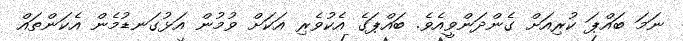
ނަމަ ބައްޕަ ކުރިއަށް ގެންދަންވީއެވެ. ބައްޕަގެ އެކުވެރި އަކަށް ވުމުން އަޅުގަނޑުމެން އެކަންތައް